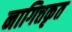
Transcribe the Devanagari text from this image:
नागित्तकृत